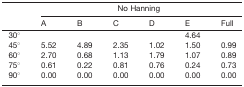
|  | <COLSPAN=6> No Hanning |
 |  | A | B | C | D | E | Full |
 | --- | --- | --- | --- | --- | --- | --- |
 | 30° |  |  |  |  | 4.64 |  |
 | 45° | 5.52 | 4.89 | 2.35 | 1.02 | 1.50 | 0.99 |
 | 60° | 2.70 | 0.68 | 1.13 | 1.79 | 1.07 | 0.89 |
 | 75° | 0.61 | 0.22 | 0.81 | 0.76 | 0.24 | 0.73 |
 | 90° | 0.00 | 0.00 | 0.00 | 0.00 | 0.00 | 0.00 |